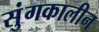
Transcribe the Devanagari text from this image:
सुंगकालीन